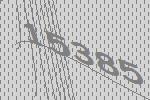
15385